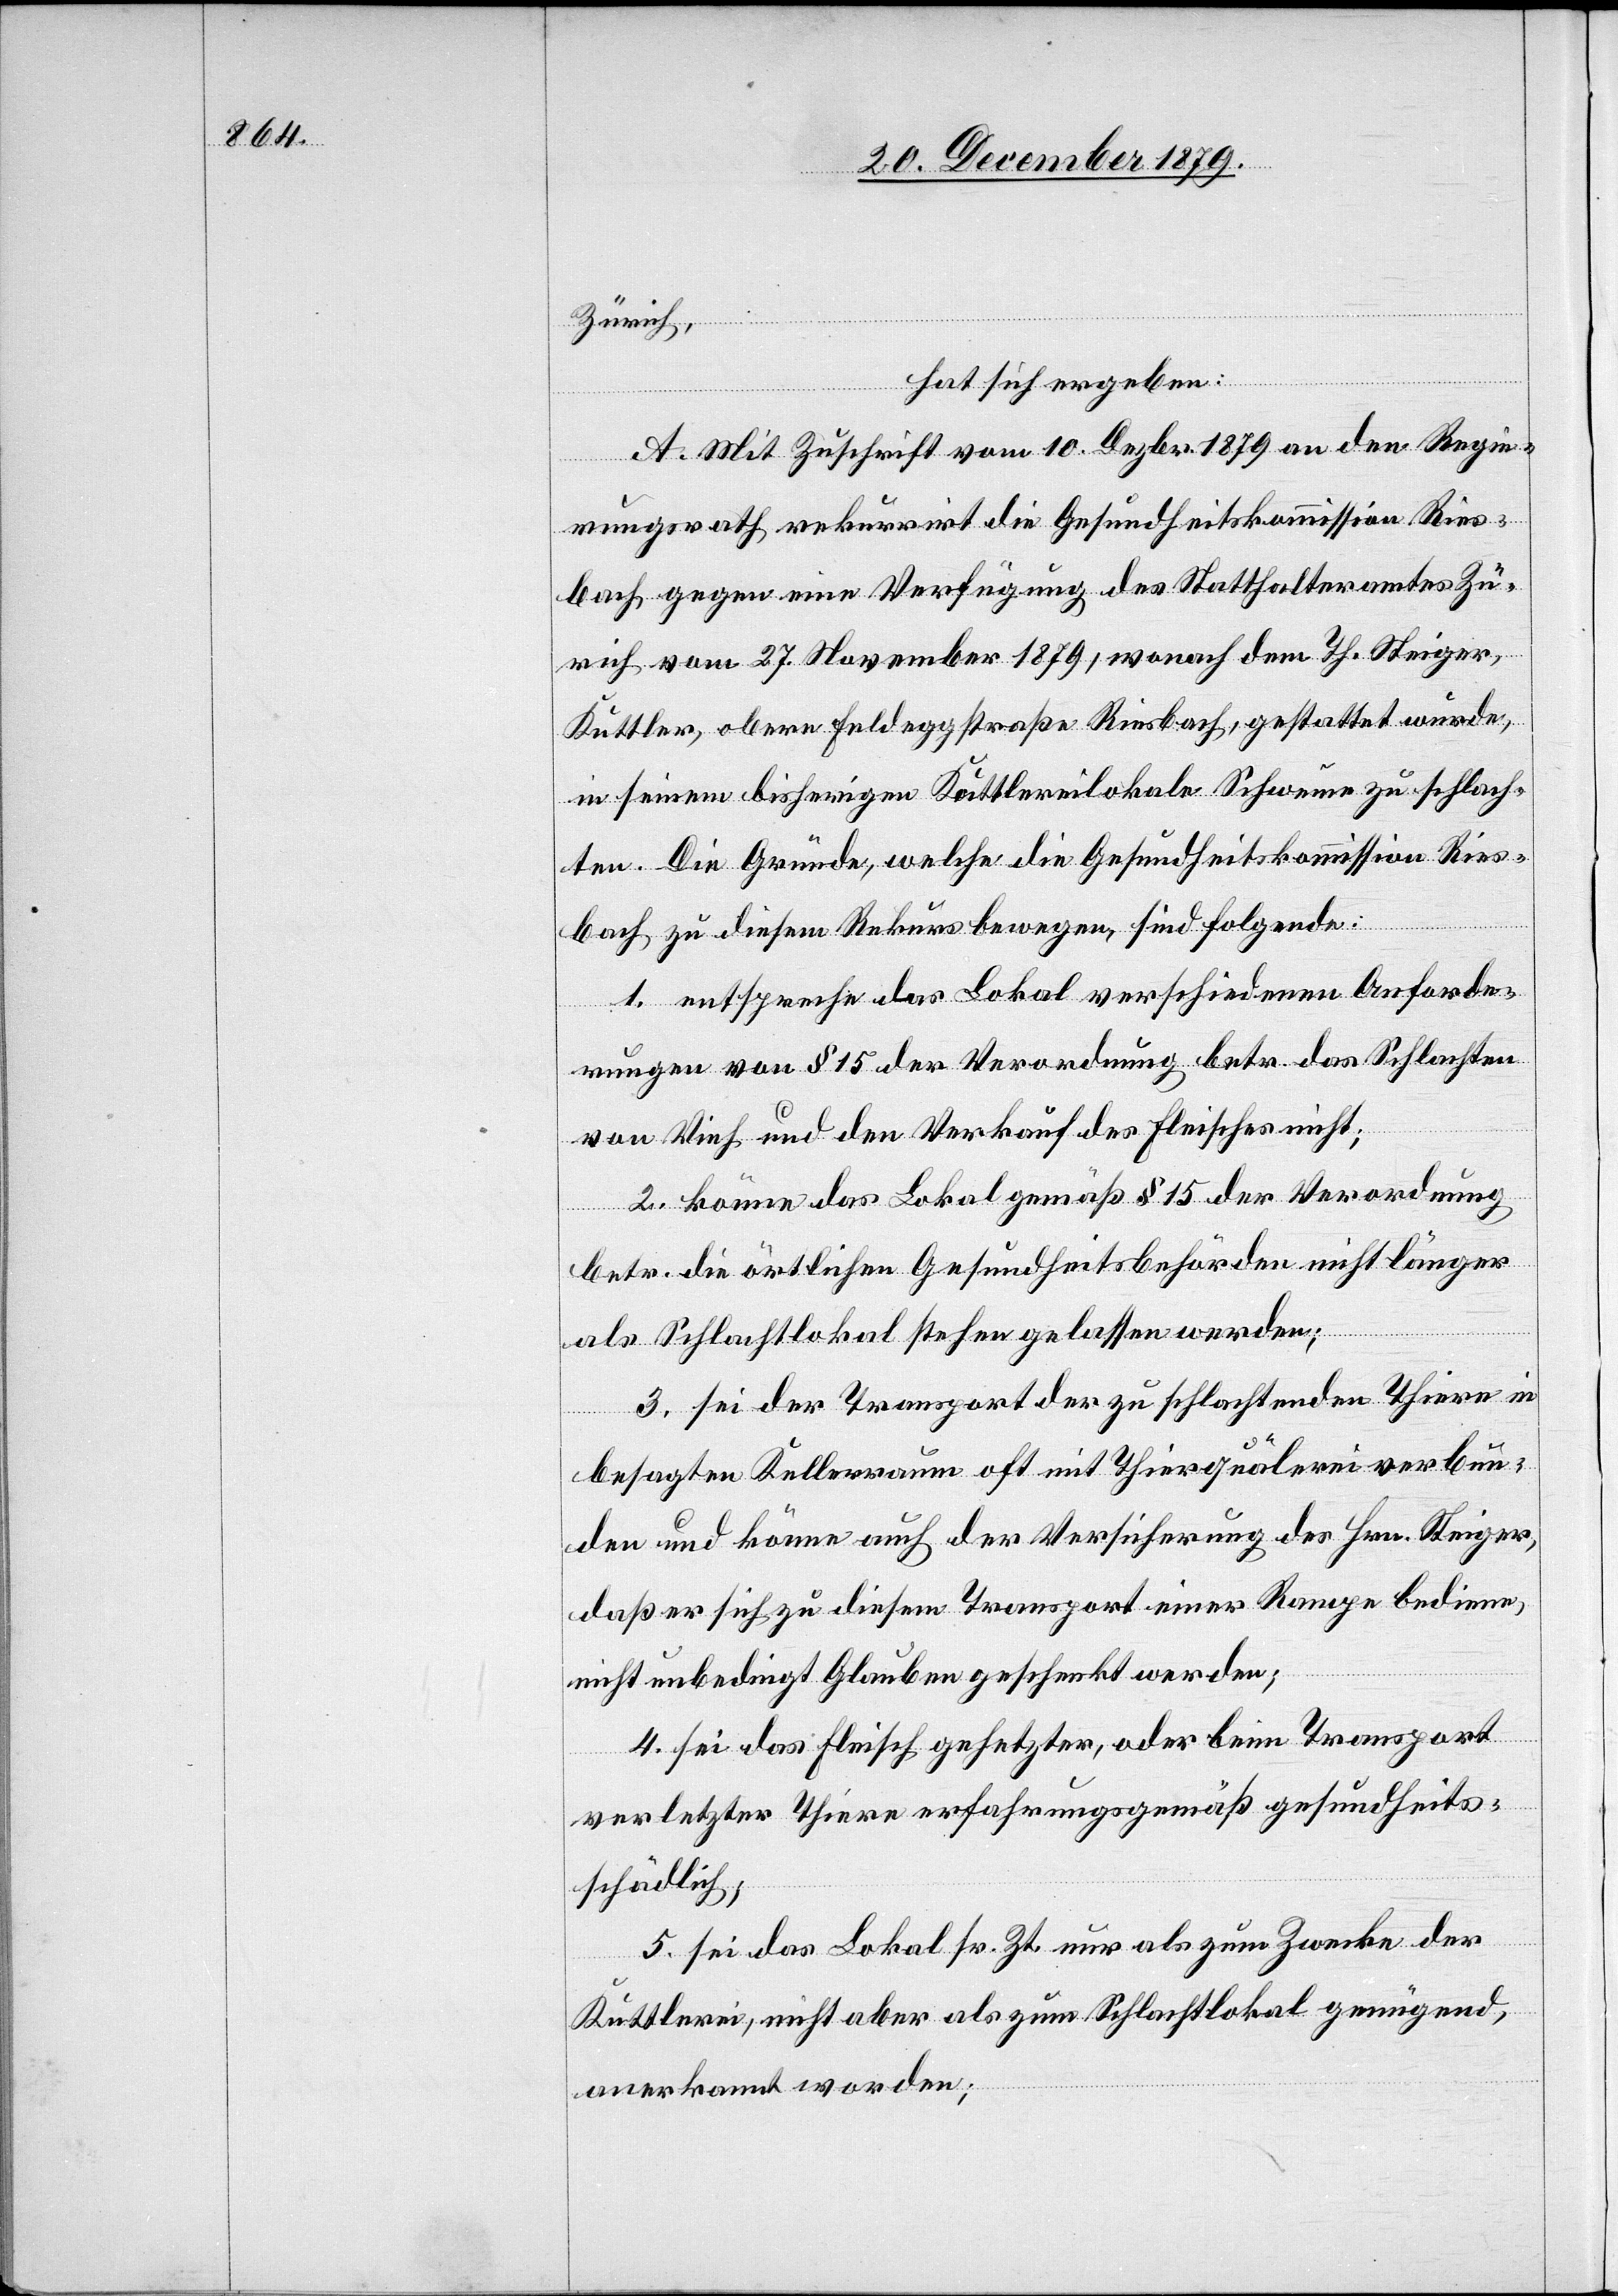
Zürich,
hat sich ergeben:
A. Mit Zuschrift vom 10. Dezbr. 1879 an den Regie¬
rungsrath rekurrirt die Gesundheitskommission Ries¬
bach gegen eine Verfügung des Statthalteramtes Zü¬
rich vom 27. November 1879, wonach dem Th. Steiger,
Kuttler, obere Feldeggstraße Riesbach, gestattet wurde,
in seinem bisherigen Kuttlereilokale Schweine zu schlach¬
ten. Die Gründe, welche die Gesundheitskommission Ries¬
bach zu diesem Rekurs bewegen, sind folgende:
1. entspreche das Lokal verschiedenen Anforde¬
rungen von § 15 der Verordnung betr. das Schlachten
von Vieh und den Verkauf des Fleisches nicht;
2. könne das Lokal gemäß § 15 der Verordnung
betr. die örtlichen Gesundheitsbehörden nicht länger
als Schlachtlokal stehen gelassen werden;
3. sei der Transport der zu schlachtenden Thiere in
besagten Kellerraum oft mit Thierquälerei verbun¬
den und könne auch der Versicherung des Hrn. Steiger,
daß er sich zu diesem Transport einer Rampe bediene,
nicht unbedingt Glauben geschenkt werden;
4. sei das Fleisch gehetzter, oder beim Transport
verletzter Thiere erfahrungsgemäß gesundheits¬
schädlich;
5. sei das Lokal sr. Zt. nur als zum Zwecke der
Kuttlerei, nicht aber als zum Schlachtlokal genügend,
anerkannt worden;